Source: Handwritten
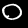
Digit: ၀ (0)